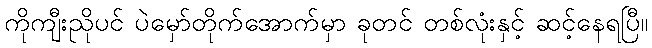
ကိုကျီးညိုပင် ပဲမှော်တိုက်အောက်မှာ ခုတင် တစ်လုံးနှင့် ဆင့်နေရပြီ။